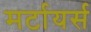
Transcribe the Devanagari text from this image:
मर्टायर्स